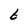
Character: t